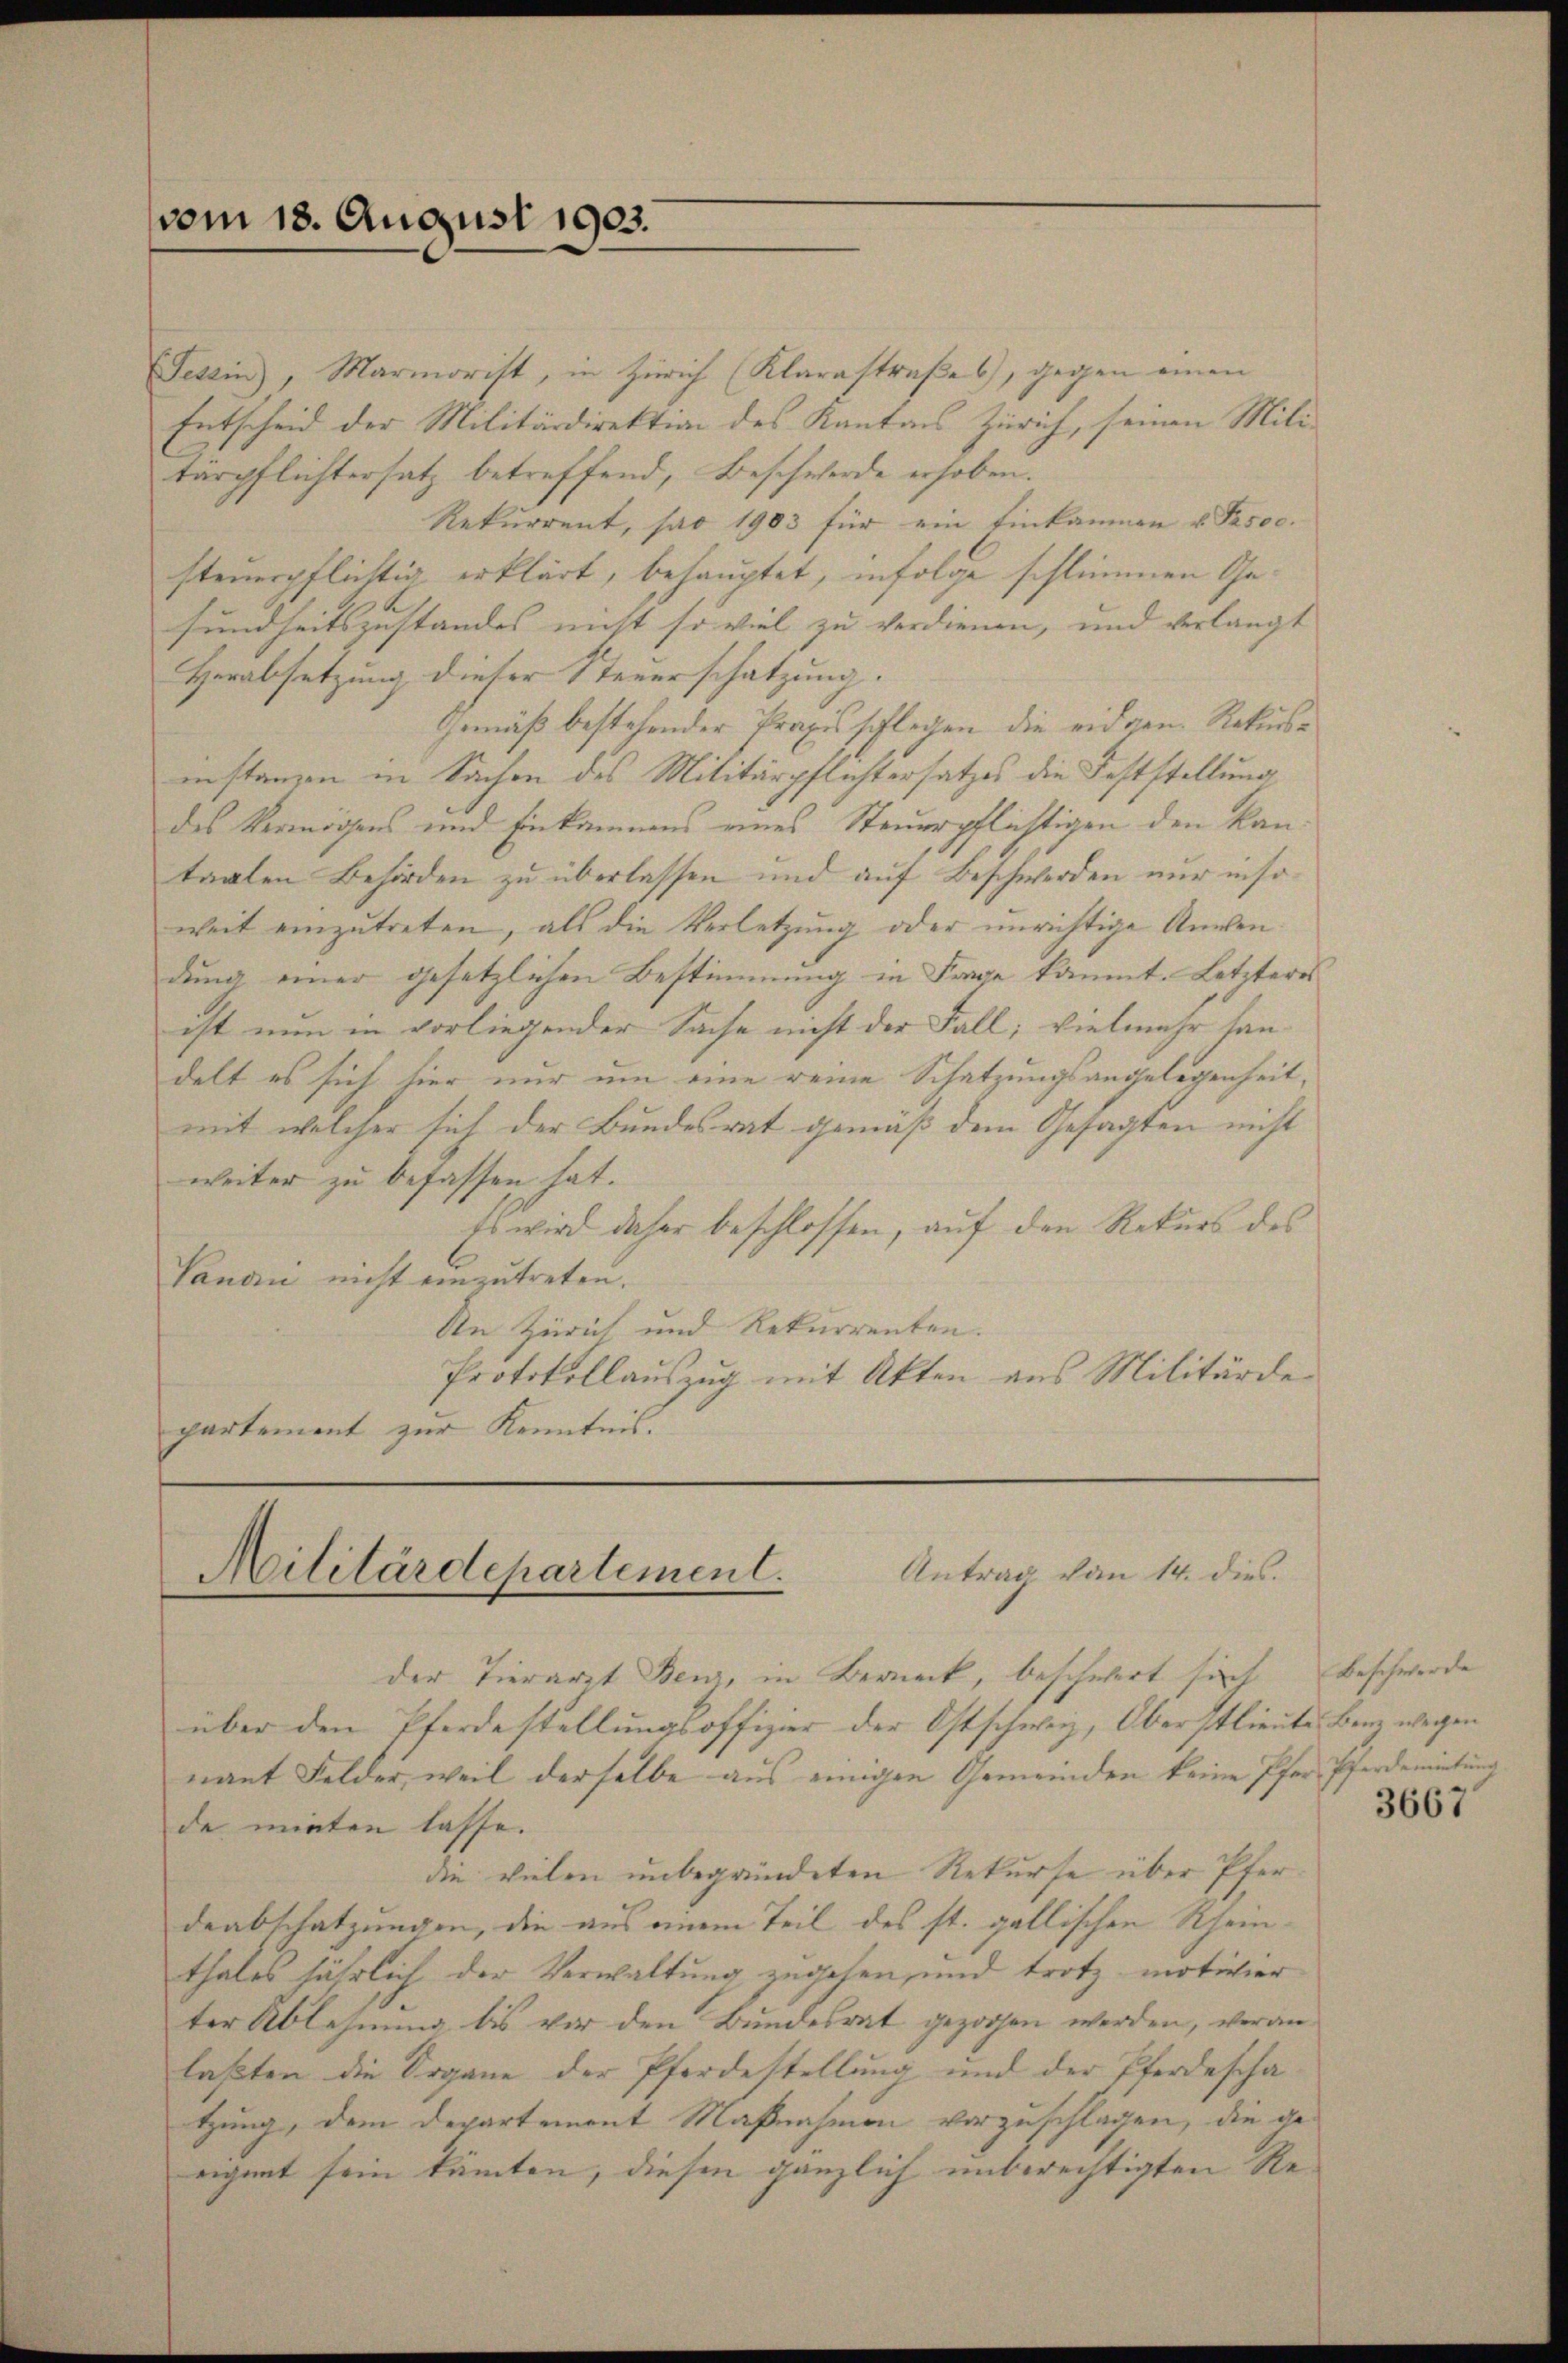
vom 18. August 1903.

Tessin, Marmorist, in Zürich (Klarastraßes, gegen einen
Entscheid der Militärdirektion des Kantons Zürich, seinen Mili
tärpflichtersatz betreffend, Beschwerde erhoben.
Rekurrent, pro 1903 für ein Einkammen u. Pas00.
steuerpflichtig erklärt, behauptet, infolge schlimmen Gesundheitszustandes nicht so viel zu verdienen, und verlangt
Herabsetzung dieser Steuerschatzung. |
Gemäß bestehender Praxis schlegen die eidgen. Rekursinstanzen in Sachen des Militärpflichtersatzes die Feststellung
des Vermögens und Einkommens eines Steuerpflichtigen den kantaalen Behörden zu überlassen und auf Beschwerden nur insoweit einzutreten, als die Verletzung oder unrichtige Anwendung einer gesetzlichen Bestimmung in Frage kannt. Letzteres
ist nun in vorliegender Sache nicht der Fall; vielmehr han-
delt es sich hier nur um eine reine Schatzungsangelegenheit,
mit welcher sich der Bundesrat gemäß dem Gesagten nicht
weiter zu befassen hat.
Es wird daher beschlossen, auf den Rekurs des
Vandi nicht einzutreten.
An Zürich und Rekurrenten. |
Protokollauszug mit Akten aus Militärde
partement zur Kenntnis.

Militärdepartement. Antrag von 14. dies

der Tierarzt Benz, in Berneck, beschwert sich Beschwerde
über den Pferdestellungsoffizier der Ostschwyz, Oberstlieute Benz wegen
nant Felder, weil derselbe aus einigen Gemeinden keine Pfarr Pferdemietung
de mieten lasse.
die vielen unbegründeten Rekurse über Pferdeabschatzungen, die aus einem Teil des st. gallischen Rheinthales jährlich der Verwaltung zugehen, und trotz motivier
ter Ablehnung bis vor den Bundesrat gezogen werden, veranlaßten die Organe der Pferdestellung und der Pferdescha-
tzung, dem Departement Maßnahmen vorzuschlagen, die geeignet sein kannten, diesen gänzlich unberechtigten Re¬

3667